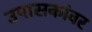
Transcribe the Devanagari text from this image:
उपासकांवर